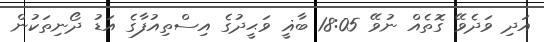
އަދި ވަދެވޭ ގޮތެއް ނުވޭ 18:05 ބާޣީ ވަޙީދުގެ އިސްތިއުފާގެ އަޑު ދޯނިތަކުން